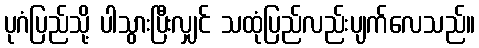
ပုဂံပြည်သို့ ပါသွားပြီးလျှင် သထုံပြည်လည်းပျက်လေသည်။